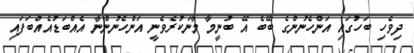
ދިވެހި ބަހުގައި އަންހެނުންގެ ބޭބެ އޭ ބުނީމާ މާނަކުރެވެނީ އަންހެނުންނާ އެއްބަޑުއެއްބަފައި